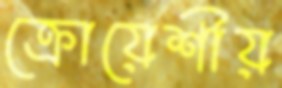
ক্রোয়েশীয়